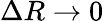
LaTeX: \Delta R\rightarrow 0